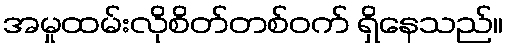
အမှုထမ်းလိုစိတ်တစ်ဝက် ရှိနေသည်။